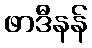
ဖာဒီနန်